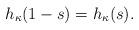
LaTeX: \begin{align*}h_\kappa(1-s)=h_\kappa(s).\end{align*}